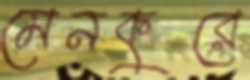
মেনকুরে